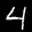
Label: 4